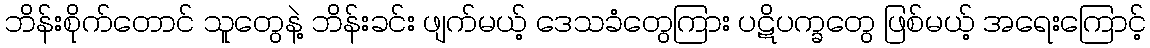
ဘိန်းစိုက်တောင် သူတွေနဲ့ ဘိန်းခင်း ဖျက်မယ့် ဒေသခံတွေကြား ပဋိပက္ခတွေ ဖြစ်မယ့် အရေးကြောင့်